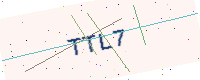
Text: TTL7